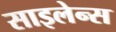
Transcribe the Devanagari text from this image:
साइलेन्स